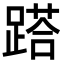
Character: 𨃚